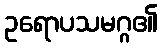
ဥရောပသမဂ္ဂ၏